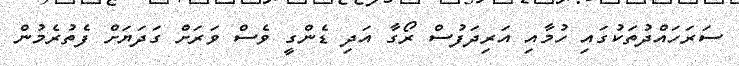
ސަރަހައްދުތަކުގައި ހުމާއި އަރިދަފުސް ރޯގާ އަދި ޑެންގީ ވެސް ވަރަށް ގަދަޔަށް ފެތުރެމުން